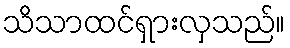
သိသာထင်ရှားလှသည်။